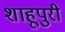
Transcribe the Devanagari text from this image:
शाहूपुरी